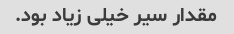
مقدار سیر خیلی زیاد بود.